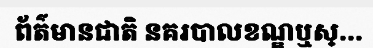
ព័ត៌មានជាតិ នគរបាលខណ្ឌឬស្...